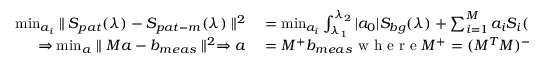
\begin{array} { r l } { \operatorname* { m i n } _ { a _ { i } } \parallel S _ { p a t } ( \lambda ) - S _ { p a t - m } ( \lambda ) \parallel ^ { 2 } } & { { } = \operatorname* { m i n } _ { a _ { i } } \int _ { \lambda _ { 1 } } ^ { \lambda _ { 2 } } | a _ { 0 } | S _ { b g } ( \lambda ) + \sum _ { i = 1 } ^ { M } a _ { i } S _ { i } ( \lambda ) - S _ { p a t - m } ( \lambda ) | ^ { 2 } \, d \lambda } \\ { \Rightarrow \operatorname* { m i n } _ { a } \parallel M a - b _ { m e a s } \parallel ^ { 2 } \Rightarrow a } & { { } = M ^ { + } b _ { m e a s } \mathrm { ~ w ~ h ~ e ~ r ~ e ~ } M ^ { + } = ( M ^ { T } M ) ^ { - 1 } M ^ { T } } \end{array}